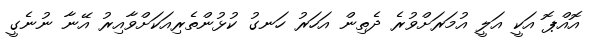
އޮއްޕޮ އަކީ އަލީ އުމަރަށްވުރެ ދެތިން އަހަރު ހަނގު ކުޅުންތެރިއަކަށްވާއިރު އޭނާ ނުނެގީ